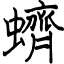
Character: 蠐